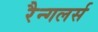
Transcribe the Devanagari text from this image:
रैन्गलर्स